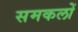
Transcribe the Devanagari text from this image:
समकलों